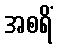
အစရိံ